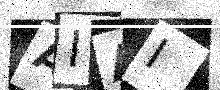
Text: AIAI